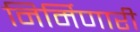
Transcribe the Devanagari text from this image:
निर्मिणारी